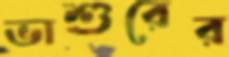
ভাশুরের